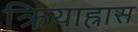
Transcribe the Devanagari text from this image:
क्रियाह्रास